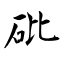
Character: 砒